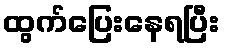
ထွက်ပြေးနေရပြီး